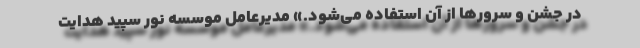
در جشن و سرورها از آن استفاده می‌شود.» مدیرعامل موسسه نور سپید هدایت